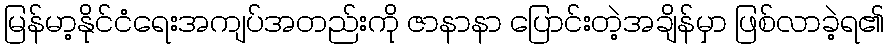
မြန်မာ့နိုင်ငံရေးအကျပ်အတည်းကို ဇာနာနာ ပြောင်းတဲ့အချိန်မှာ ဖြစ်လာခဲ့ရ၏